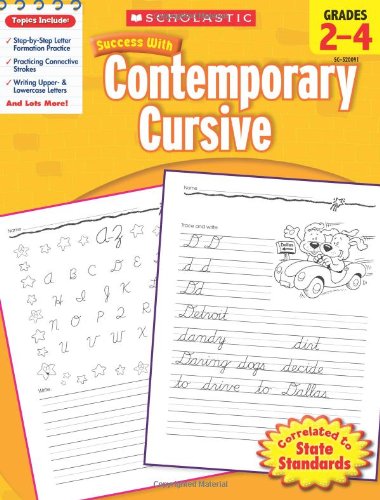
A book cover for Scholastic Success with Contemporary Cursive, Grades 2-4; Scholastic; Reference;